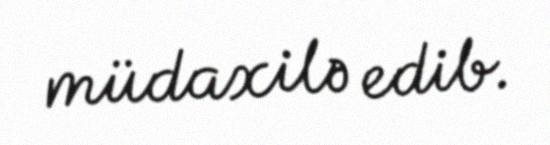
müdaxilə edib.